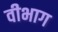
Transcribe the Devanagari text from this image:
वीभाग